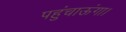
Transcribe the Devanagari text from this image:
पहुंचाऊंगा।